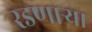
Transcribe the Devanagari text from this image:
रडणार्‍या